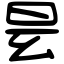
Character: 𣆂